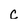
Character: c